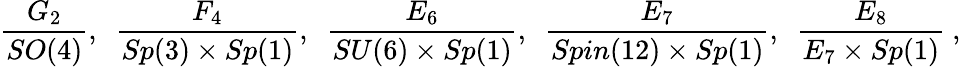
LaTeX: \frac{G_{2}}{SO(4)},\, \, \, \frac{F_{4}}{Sp(3)\times Sp(1)},\, \, \, \frac{E_{6}}{SU(6)\times Sp(1)},\, \, \, \frac{E_{7}}{Spin(12)\times Sp(1)},\, \, \, \frac{E_{8}}{E_{7}\times Sp(1)}\ ,